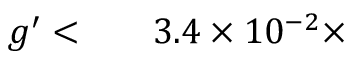
\begin{array} { r l r } { g ^ { \prime } < } & { { } } & { 3 . 4 \times 1 0 ^ { - 2 } \times } \end{array}